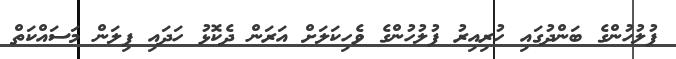
ފުލުހުންގެ ބަންދުގައި ހުރިއިރު ފުލުހުންގެ ވެހިކަލަށް އަރަން ދެކޮޅު ހަދައި ފިލަން މަސައްކަތް